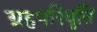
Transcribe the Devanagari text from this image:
ग्रहपरिवृत्ति